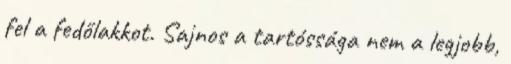
fel a fedőlakkot. Sajnos a tartóssága nem a legjobb,